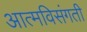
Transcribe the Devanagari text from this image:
आत्मविसंगती